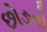
છોઙવો